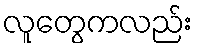
လူတွေကလည်း